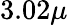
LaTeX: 3.02\mu